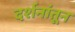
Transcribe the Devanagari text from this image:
दर्शनांतून